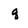
Character: q